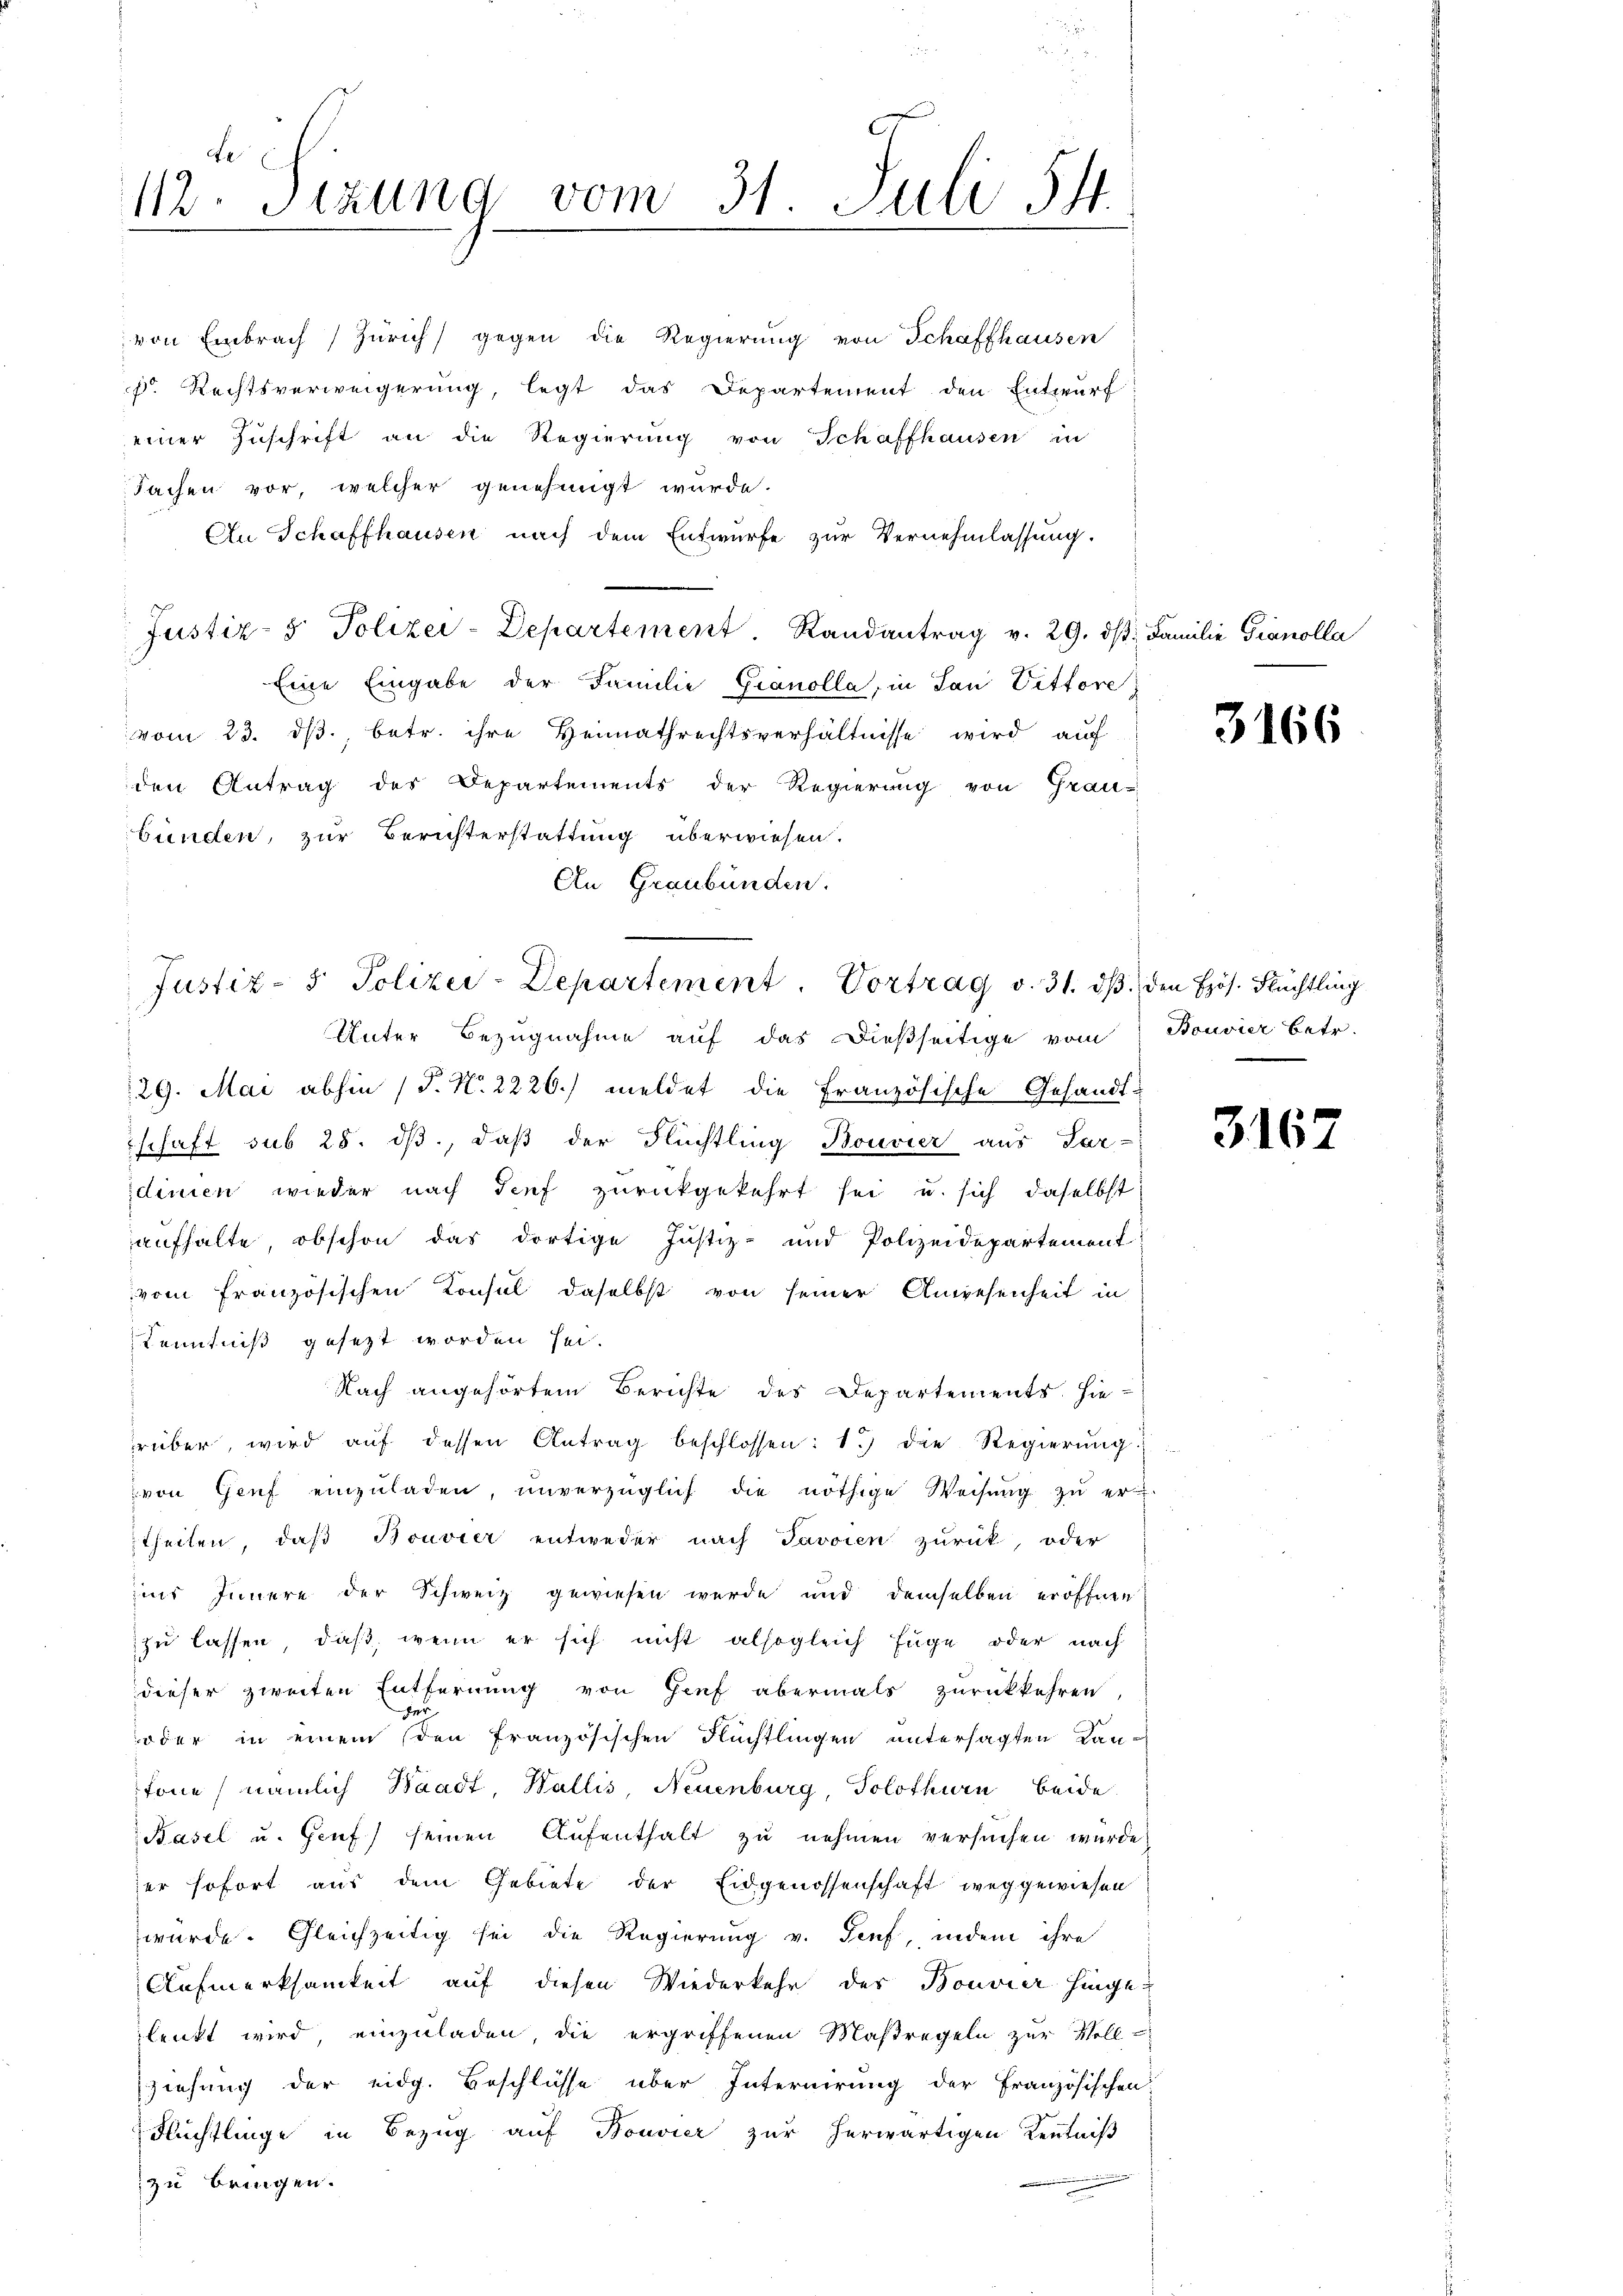
de
112. Sizung vom 31. Juli 544.
e

von Embrach Zürich gegen die Regierŭng von Schaffhausen
p. Rechtsverweigerung, legt das Departement den Entwurf
einer Zuschrift an die Regierung von Schaffhausen in
Sachen vor, welcher genehmigt wurde.
An Schaffhausen nach dem Entwurfe zur Vernehmlassung.
Justiz- & Polizei-Departement. Randantrag v. 29. dβ. Familie Granolla
Eine Eingabe der Familie Granolla, in San Vittore
vom 23. ds. betr. ihre Heimathrechtsverhältnisse wird auf
den Antrag des Departements der Regierung von Grau-
bünden, zur Berichterstattung überwiesen.
An Graubünden.

Justiz- & Polizei-Departement. Vortrag v. 31. dβ den Hös. Flüchtling

Unter Bezugnahme auf das dießseitige vom Bouvier betr.
29. Mai abhin (T. N. 2226.) meldet die Französische Gesandt-
schaft sub 28. ds., daß der Flüchtling Bouvier aus Par-
dinien wieder nach Tief zurückgekehrt sei u. sich daselbst
aufhalte, obschon das dortige Justiz- und Polizeidepartement
vom Französischen Konsul daselbst von seiner Anwesenheit in
Kenntniß gesezt worden sei.
Nach angehörtem Berichte des Departements hierüber, wird aŭf dessen Antrag beschlossen: 1.) die Regierung
von Genf einzŭladen, ŭnverzüglich die nöthige Weisŭng zŭ er-
stheilen, daß Bouvier entweder nach Javoien zurück, oder
uus Innere der Schweiz gewiesen werde und demselben eröffnen
zu lassen, daß, wenn er sich nicht alsogleich Juge oder nach
dieser zweiten Entfernung von Gief abermals zurückkehren
hse
oder in einem den französischen Flüchtlingen untersagten Lantone nämlich Waadt, Wallis, Neuenburg, Solothurn beide
Basel u. Genf) seinen Aufenthalt zu nehmen versuchen würde,
der sofort aus dem Gebiete der Eidgenossenschaft weggewiesen
wurde. Gleichzeitig sei die Regierung v. Genf, indem ihre
Aufmerksamkeit auf diesen Wiederkehr der Bouvier hingelenkt wird, einzuladen, die ergriffenen Maßregeln zur Voll-
ziehung der eidg. Beschlüsse über Internirung der Französischen
Flüchtlinge in Bezug auf Bouvier zur herwärtigen Kenntniß
zu bringen.

3166

3162